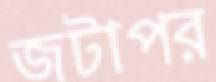
জটাপর